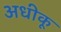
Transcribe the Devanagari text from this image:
अधीकू